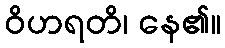
ဝိဟရတိ၊ နေ၏။